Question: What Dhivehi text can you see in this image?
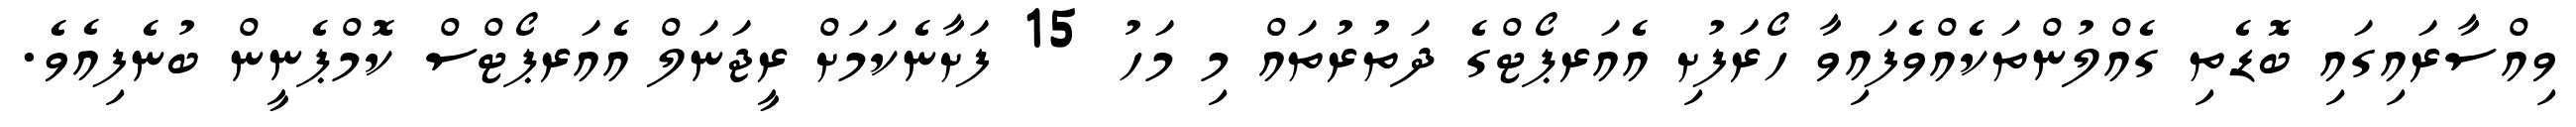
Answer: ވިއްސާރައިގައި ބޮޑެތި ގެއްލުންތަކެއްވެފައިވާ ހޯރަފުށި އެއަރޕޯޓްގެ ދަތުރުތައް މި މަހު 15 ފަށާނެކަމަށް ރީޖަނަލް އެއަރޕޯޓްސް ކޮމްޕެނީން ބުނެފިއެވެ.